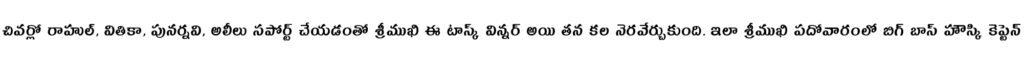
చివర్లో రాహుల్, వితికా, పునర్నవి, అలీలు సపోర్ట్ చేయడంతో శ్రీముఖి ఈ టాస్క్ విన్నర్ అయి తన కల నెరవేర్చుకుంది. ఇలా శ్రీముఖి పదోవారంలో బిగ్ బాస్ హౌస్కి కెప్టెన్